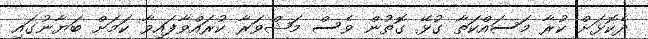
ދެކޮޅަށް ކުރާ މަސައްކަތާ ގުޅޭ ގޮތުން ވެސް މަޝްވަރާ ކުރައްވާފައިވާ ކަމަށް ބަޔާނުގައި